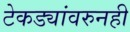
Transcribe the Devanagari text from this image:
टेकड्यांवरुनही